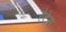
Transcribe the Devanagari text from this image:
हेटेस